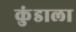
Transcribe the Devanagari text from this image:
कुंडाला